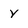
Character: y